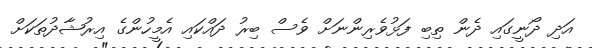
އަދި ދޯނީގައި ދެން ތިބި ފަޅުވެރިންނަށް ވެސް ބިރު ދައްކައި އެމީހުންގެ އިރުޝާދުތަކަށް